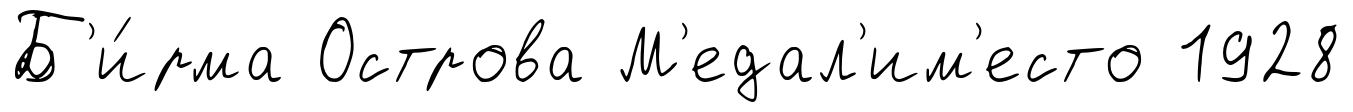
Б'и́рма Острова М'едал'им'есто 1928